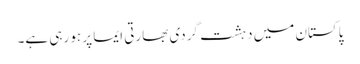
پاکستان میں دہشت گردی بھارتی ایما پر ہو رہی ہے۔